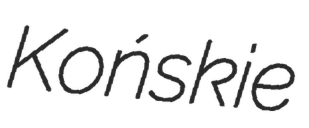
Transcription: Końskie